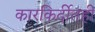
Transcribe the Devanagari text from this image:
कारकिर्दीतही